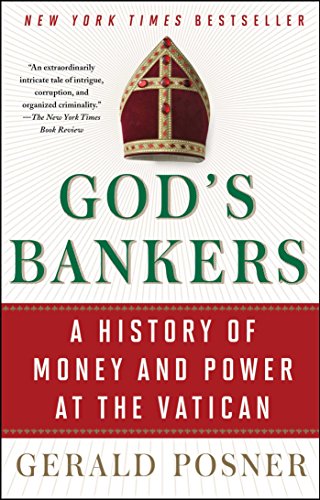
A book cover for God's Bankers: A History of Money and Power at the Vatican; Gerald Posner; Business & Money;